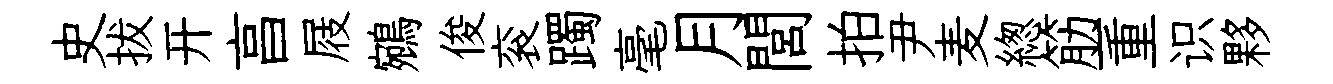
史拔开亯屐鵷俊衮躅毫月閭拍尹麦緫筋一重识夥